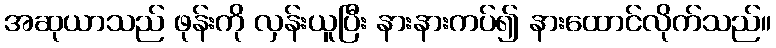
အဆုယာသည် ဖုန်းကို လှန်းယူပြီး နားနားကပ်၍ နားထောင်လိုက်သည်။